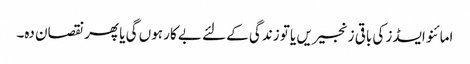
امائنو ایسڈز کی باقی زنجیریں یا تو زندگی کے لئے بے کار ہوں گی یا پھر نقصان دہ۔